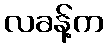
လခန့်က